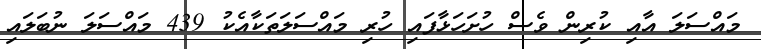
މައްސަލަ އާއި ކުރިން ވެސް ހުށަހަޅާފައި ހުރި މައްސަލަތަކާއެކު 439 މައްސަލަ ނުބަލައި